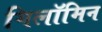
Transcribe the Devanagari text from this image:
गिलॉमिन